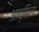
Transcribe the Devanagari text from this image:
आव्हिला